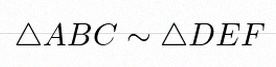
\triangle ABC\sim\triangle DEF